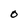
Character: O